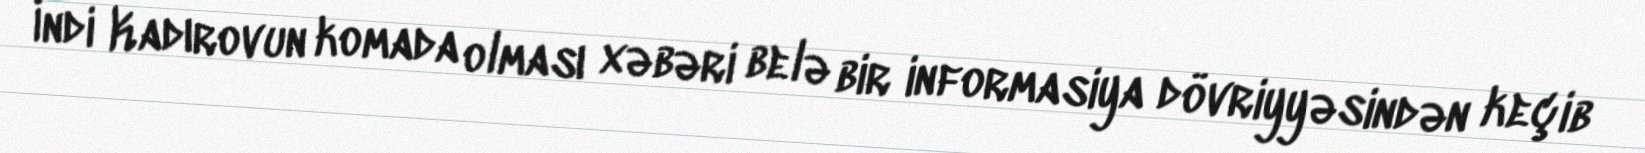
İndi Kadırovun komada olması xəbəri belə bir informasiya dövriyyəsindən keçib